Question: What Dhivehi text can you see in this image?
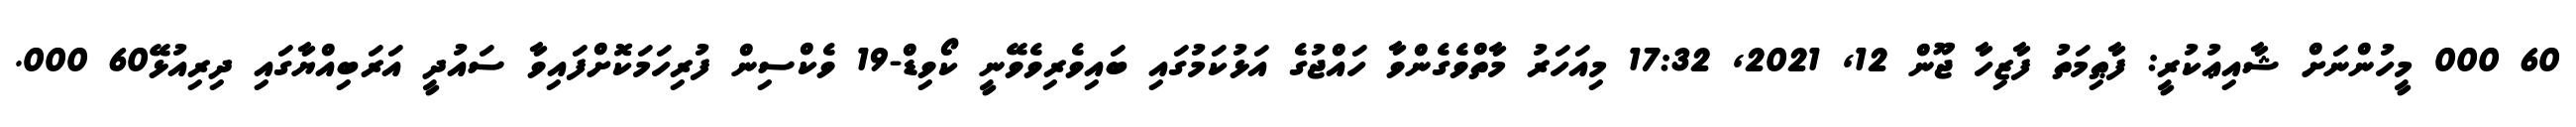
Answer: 60 000 މީހުންނަށް ޝާއިޢުކުރީ: ފާޠިމަތު ފާޒިހާ ޖޫން 12, 2021, 17:32 މިއަހަރު މާތްވެގެންވާ ހައްޖުގެ އަޅުކަމުގައި ބައިވެރިވެވޭނީ ކޯވިޑް-19 ވެކްސިން ފުރިހަމަކޮށްފައިވާ ސައުދީ އަރަބިއްޔާގައި ދިރިއުޅޭ60 000.